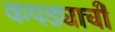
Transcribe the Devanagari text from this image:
कपड्याची